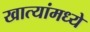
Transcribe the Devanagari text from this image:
खात्यांमध्ये